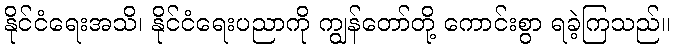
နိုင်ငံရေးအသိ၊ နိုင်ငံရေးပညာကို ကျွန်တော်တို့ ကောင်းစွာ ရခဲ့ကြသည်။